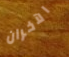
الآخران